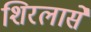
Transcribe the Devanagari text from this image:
शिरलासे